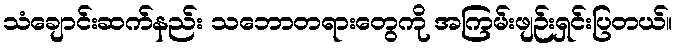
သံချောင်းဆက်နည်း သဘောတရားတွေကို အကြမ်းဖျဉ်းရှင်းပြတယ်။